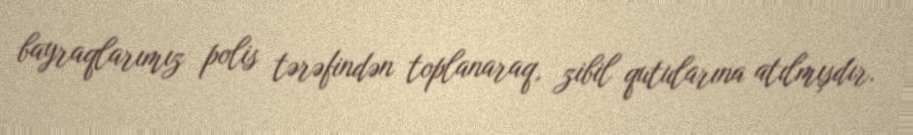
bayraqlarımız polis tərəfindən toplanaraq, zibil qutularına atılmışdır.